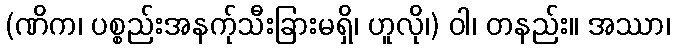
(ဏိက၊ ပစ္စည်းအနက်ုသီးခြားမရှိ၊ ဟူလို၊) ဝါ၊ တနည်း။ အဿာ၊